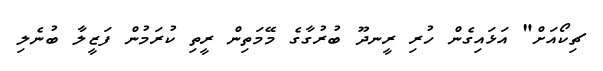
ޗިކޯއަށް" އަޅައިގެން ހުރި ރީނދޫ ބުރުގާގެ މޭމަތިން ރީތި ކުރަމުން ފަޒީލާ ބުނެލި